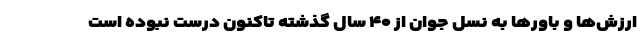
ارزش‌ها و باورها به نسل جوان از ۴۰ سال گذشته تاکنون درست نبوده است